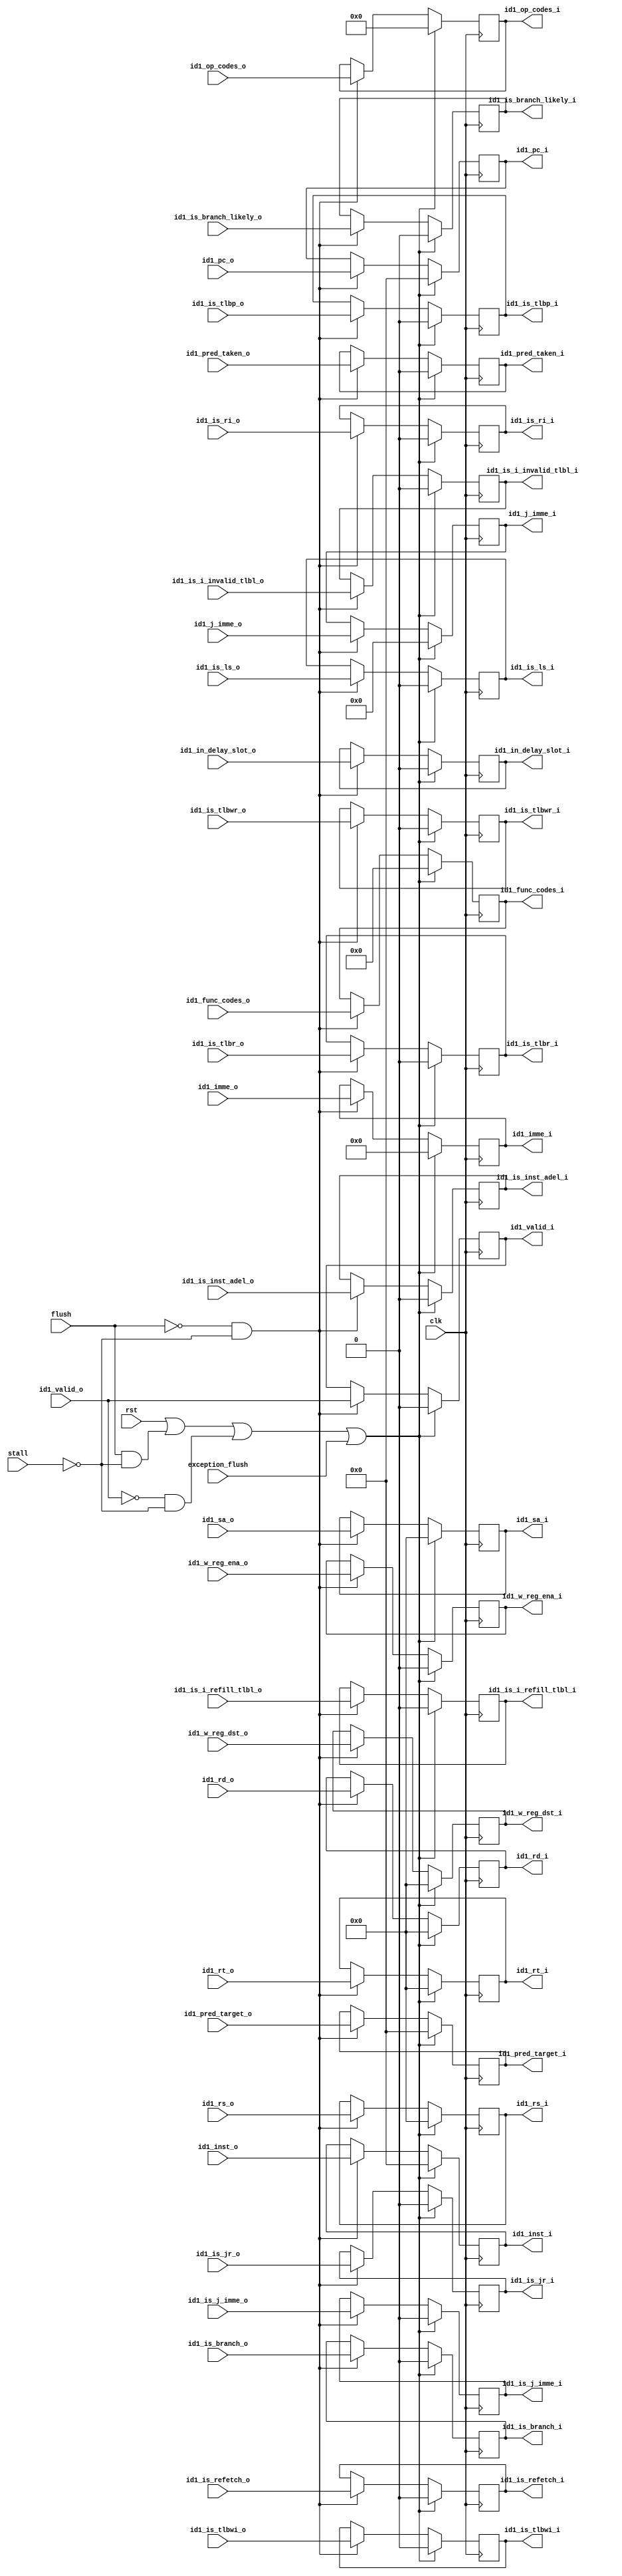
`timescale 1ns / 1ps

module issue_id2c (
    input   wire        clk,
    input   wire        rst,
    input   wire        flush,
    input   wire        exception_flush,
    input   wire        stall,

    input   wire        id1_valid_o,

    input   wire [30:0] id1_op_codes_o,
    input   wire [29:0] id1_func_codes_o,
    input   wire [31:0] id1_pc_o,
    input   wire [31:0] id1_inst_o,
    input   wire [4 :0] id1_rs_o,
    input   wire [4 :0] id1_rt_o,
    input   wire [4 :0] id1_rd_o,
    input   wire [4 :0] id1_sa_o,
    input   wire        id1_w_reg_ena_o,
    input   wire [4 :0] id1_w_reg_dst_o,
    input   wire [15:0] id1_imme_o,
    input   wire [25:0] id1_j_imme_o,
    input   wire        id1_pred_taken_o,
    input   wire [31:0] id1_pred_target_o,
    input   wire        id1_is_branch_o,
    input   wire        id1_is_branch_likely_o,
    input   wire        id1_is_j_imme_o,
    input   wire        id1_is_jr_o,
    input   wire        id1_is_ls_o,
    input   wire        id1_is_tlbp_o,
    input   wire        id1_is_tlbr_o,
    input   wire        id1_is_tlbwi_o,
    input   wire        id1_is_tlbwr_o,
    input   wire        id1_in_delay_slot_o,
    input   wire        id1_is_inst_adel_o,
    input   wire        id1_is_ri_o,
    input   wire        id1_is_i_refill_tlbl_o,
    input   wire        id1_is_i_invalid_tlbl_o,
    input   wire        id1_is_refetch_o,

    output  reg         id1_valid_i,
    output  reg  [30:0] id1_op_codes_i,
    output  reg  [29:0] id1_func_codes_i,
    output  reg  [31:0] id1_pc_i,
    output  reg  [31:0] id1_inst_i,
    output  reg  [4 :0] id1_rs_i,
    output  reg  [4 :0] id1_rt_i,
    output  reg  [4 :0] id1_rd_i,
    output  reg  [4 :0] id1_sa_i,
    output  reg         id1_w_reg_ena_i,
    output  reg  [4 :0] id1_w_reg_dst_i,
    output  reg  [15:0] id1_imme_i,
    output  reg  [25:0] id1_j_imme_i,
    output  reg         id1_pred_taken_i,
    output  reg  [31:0] id1_pred_target_i,
    output  reg         id1_is_branch_i,
    output  reg         id1_is_branch_likely_i,
    output  reg         id1_is_j_imme_i,
    output  reg         id1_is_jr_i,
    output  reg         id1_is_ls_i,
    output  reg         id1_is_tlbp_i,
    output  reg         id1_is_tlbr_i,
    output  reg         id1_is_tlbwi_i,
    output  reg         id1_is_tlbwr_i,
    output  reg         id1_in_delay_slot_i,
    output  reg         id1_is_inst_adel_i,
    output  reg         id1_is_ri_i,
    output  reg         id1_is_i_refill_tlbl_i,
    output  reg         id1_is_i_invalid_tlbl_i,
    output  reg         id1_is_refetch_i
);

    always @(posedge clk) begin
        if (rst || (flush & !stall) || (!id1_valid_o & !stall) || exception_flush) begin
            id1_pc_i                <=  32'h0;
            id1_inst_i              <=  32'h0;
            id1_rs_i                <=  5'h0;
            id1_rt_i                <=  5'h0;
            id1_rd_i                <=  5'h0;
            id1_sa_i                <=  5'h0;
            id1_w_reg_ena_i         <=  1'b0;
            id1_w_reg_dst_i         <=  5'h0;
            id1_imme_i              <=  16'h0;
            id1_j_imme_i            <=  26'h0;
            id1_is_branch_i         <=  1'b0;
            id1_is_j_imme_i         <=  1'b0;
            id1_is_jr_i             <=  1'b0;
            id1_is_ls_i             <=  1'b0;
            id1_op_codes_i          <=  31'h0;
            id1_func_codes_i        <=  30'h0;
            id1_in_delay_slot_i     <=  1'h0;
            id1_is_inst_adel_i      <=  1'h0;
            id1_valid_i             <=  1'b0;
            id1_is_tlbp_i           <=  1'b0;
            id1_is_tlbr_i           <=  1'b0;
            id1_is_tlbwi_i          <=  1'b0;
            id1_is_i_refill_tlbl_i  <=  1'b0;
            id1_is_i_invalid_tlbl_i <=  1'b0;
            id1_is_refetch_i        <=  1'b0;
            id1_pred_taken_i        <=  1'b0;
            id1_pred_target_i       <=  32'h0;
            id1_is_ri_i             <=  1'h0;
            id1_is_branch_likely_i  <=  1'b0;
            id1_is_tlbwr_i          <= 1'b0;
        end else if (!flush & !stall) begin
            id1_pc_i                <=  id1_pc_o;
            id1_inst_i              <=  id1_inst_o;   
            id1_rs_i                <=  id1_rs_o;
            id1_rt_i                <=  id1_rt_o;
            id1_rd_i                <=  id1_rd_o;
            id1_sa_i                <=  id1_sa_o;   
            id1_w_reg_ena_i         <=  id1_w_reg_ena_o;        
            id1_w_reg_dst_i         <=  id1_w_reg_dst_o;        
            id1_imme_i              <=  id1_imme_o;
            id1_j_imme_i            <=  id1_j_imme_o;    
            id1_is_branch_i         <=  id1_is_branch_o;        
            id1_is_j_imme_i         <=  id1_is_j_imme_o;        
            id1_is_jr_i             <=  id1_is_jr_o;    
            id1_is_ls_i             <=  id1_is_ls_o;
            id1_op_codes_i          <=  id1_op_codes_o;
            id1_func_codes_i        <=  id1_func_codes_o;
            id1_in_delay_slot_i     <=  id1_in_delay_slot_o;
            id1_is_inst_adel_i      <=  id1_is_inst_adel_o;
            id1_valid_i             <=  id1_valid_o;
            id1_is_tlbp_i           <=  id1_is_tlbp_o;
            id1_is_tlbr_i           <=  id1_is_tlbr_o;
            id1_is_tlbwi_i          <=  id1_is_tlbwi_o;
            id1_is_i_refill_tlbl_i    <=  id1_is_i_refill_tlbl_o;
            id1_is_i_invalid_tlbl_i   <=  id1_is_i_invalid_tlbl_o;
            id1_is_refetch_i        <= id1_is_refetch_o;
            id1_pred_taken_i        <=  id1_pred_taken_o;
            id1_pred_target_i       <=  id1_pred_target_o;
            id1_is_ri_i             <=  id1_is_ri_o;
            id1_is_branch_likely_i  <= id1_is_branch_likely_o;
            id1_is_tlbwr_i          <= id1_is_tlbwr_o;
        end
    end
    
endmodule